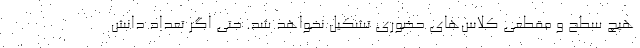
هیچ سطح و مقطعی کلاس‌های حضوری تشکیل نخواهد شد. حتی اگر تعداد دانش